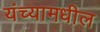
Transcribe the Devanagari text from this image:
यंच्यामधील